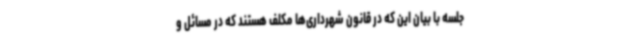
جلسه با بیان این که در قانون شهرداری‌ها مکلف هستند که در مسائل و